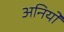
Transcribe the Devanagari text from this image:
अनियों